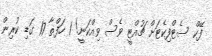
ފޭކް ސެޓްފިކެޓަށް ޗުއްޓީ ވެސް ވިއްކަނީ! 1 ހަފްތާ 17 ގަޑި ކުރިން